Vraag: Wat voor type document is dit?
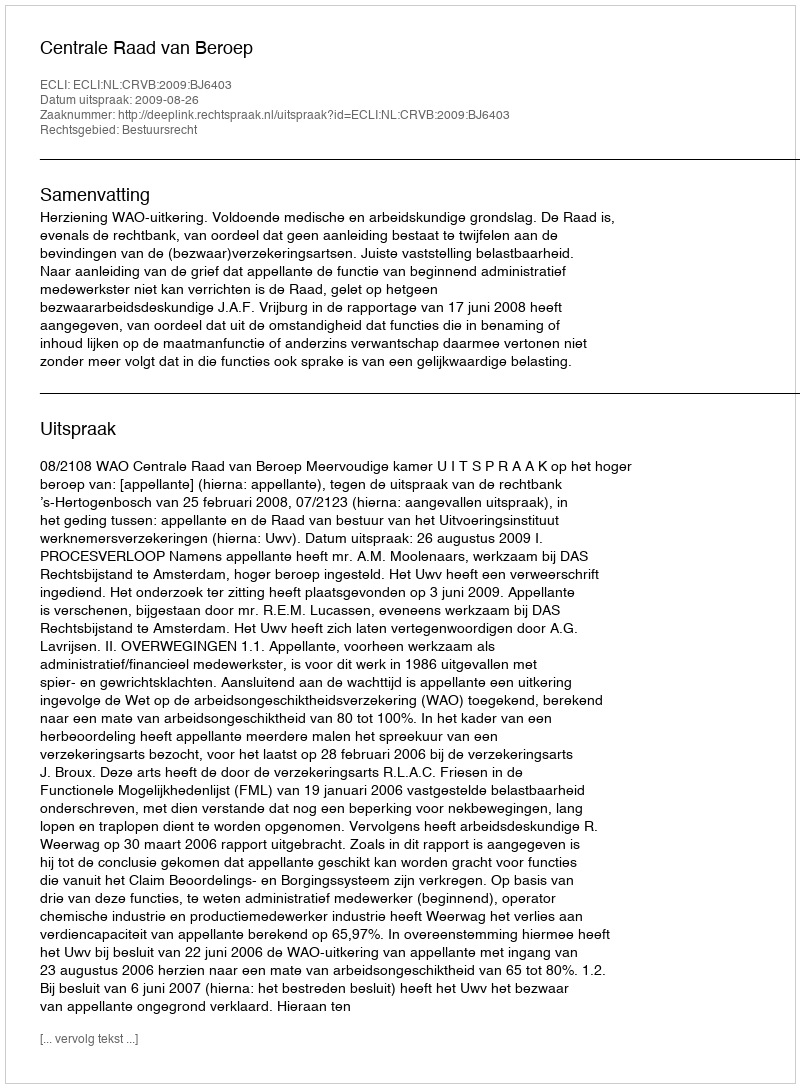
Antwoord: Uitspraak